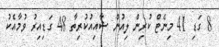
8 ގަޑި 41 މިނެޓް ކުރިން ލިއުން ޝާއިއުކުރިތާ 48 ގަޑިއިރު ވުމާއެކު